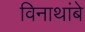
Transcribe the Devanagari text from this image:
विनाथांबे